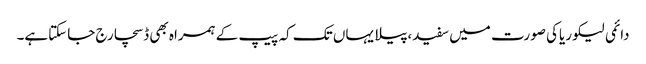
دائمی لیکوریاکی صورت میں سفید،پیلا یہاں تک کہ پیپ کے ہمراہ بھی ڈسچارج جاسکتاہے۔